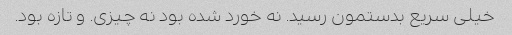
خیلی سریع بدستمون رسید. نه خورد شده بود نه چیزی. و تازه بود.